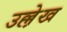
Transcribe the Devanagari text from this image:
उल्ले़ख